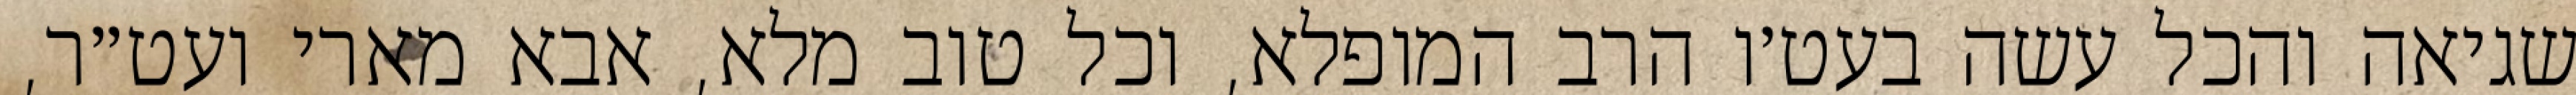
שגיאה והכל עשה בעט׳ו הרב המופלא, וכל טוב מלא, אבא מארי ועט״ר,